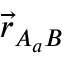
\vec { r } _ { A _ { a } B }